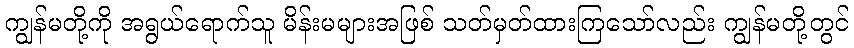
ကျွန်မတို့ကို အရွယ်ရောက်သူ မိန်းမများအဖြစ် သတ်မှတ်ထားကြသော်လည်း ကျွန်မတို့တွင်